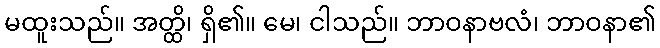
မထူးသည်။ အတ္ထိ၊ ရှိ၏။ မေ၊ ငါသည်။ ဘာဝနာဗလံ၊ ဘာဝနာ၏